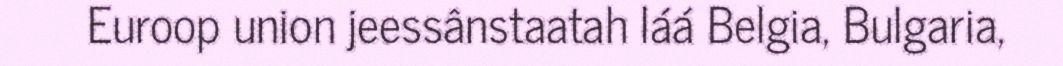
Euroop union jeessânstaatah láá Belgia, Bulgaria,